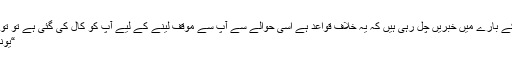
“
“ورلڈ ویوز اردو نے سوال کیا کہ اشتہار کے بارے میں خبریں چل رہی ہیں کہ یہ خلاف قواعد ہے اسی حوالے سے آپ سے موقف لینے کے لیے آپ کو کال کی گئی ہے تو تو رجسٹرار کوٹلی یونیورسٹی کا کہنا تھا کہ
“یونیورسٹی بند ہے کھلے گی تو موقف دونگا”
۔